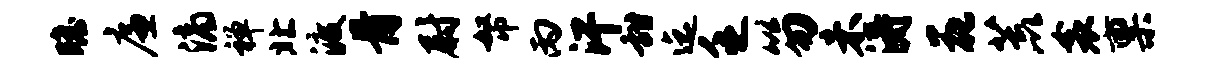
瞻廉滴禅北渡骨尉帑丙汗甜迄乏笏未涛花荒衾禀